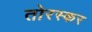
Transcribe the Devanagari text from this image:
तोरस्कर